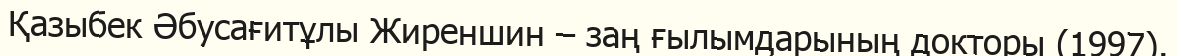
Қазыбек Әбусағитұлы Жиреншин – заң ғылымдарының докторы (1997).